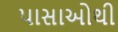
પાસાઓથી